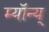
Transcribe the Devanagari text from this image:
म्यॉन्य्